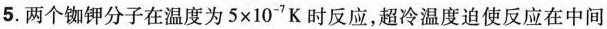
5.两个铷钾分子在温度为$$5\times 10^{-7}K$$时反应，超冷温度迫使反应在中间